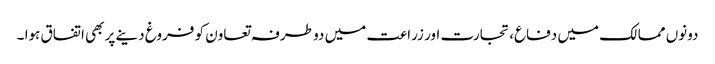
دونوں ممالک میں دفاع، تجارت اور زراعت میں دو طرفہ تعاون کو فروغ دینے پر بھی اتفاق ہوا ۔